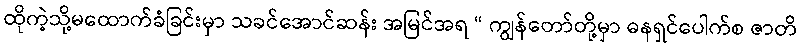
ထိုကဲ့သို့မထောက်ခံခြင်းမှာ သခင်အောင်ဆန်း အမြင်အရ “ ကျွန်တော်တို့မှာ ဓနရှင်ပေါက်စ ဇာတိ